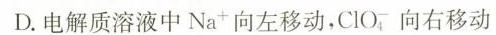
D.电解质溶液中Na^{+}向左移动，ClO^{-}_{4}向右移动